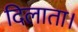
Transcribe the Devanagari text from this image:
दिलाता।